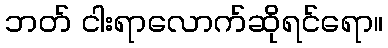
ဘတ် ငါးရာလောက်ဆိုရင်ရော။